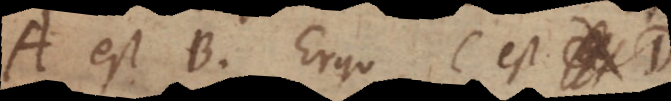
A est B. Ergo C est D.